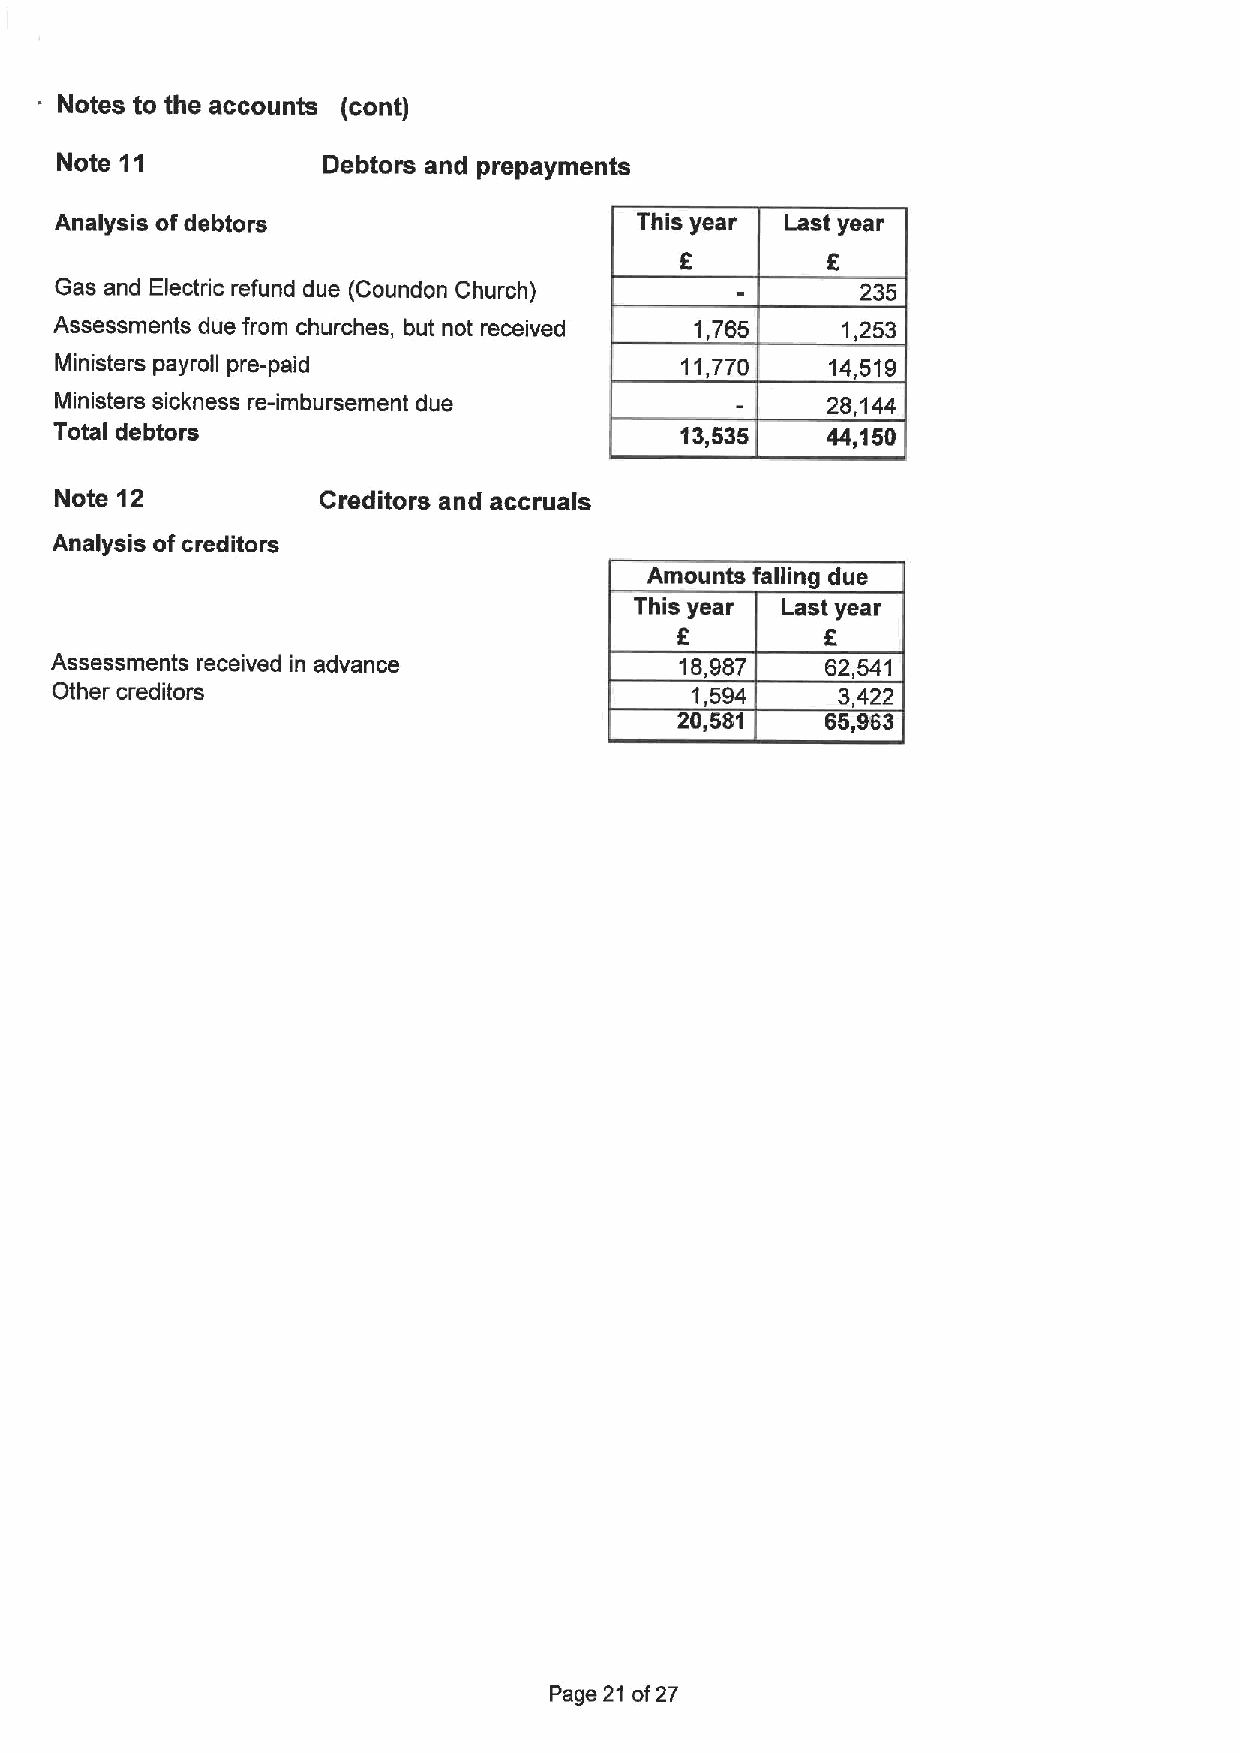
Notes to the accounts (cont)
 Note 11          Debtors and prepayments
 Analysis ofdebtors                    This year Last year
 Gas and Electric refund due (Coundon Church)         235
 Assessments due from churches, but not received 1,765 1,253
 Ministers payroll pre-paid               11,770    14,519
 Ministers sickness re-imbursement due              28,144
 Total debtors                            13,535    44,150
 Note 12          Creditors and accruals
 Analysis ofcreditors
 Amounts falling due
 This year Last year
 Assessments received in advance           18,987    62,541
 Other creditors                            1,594    3,422
 20,581    65,963
 Page 21 of27